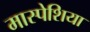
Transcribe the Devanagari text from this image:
मास्पेशिया